Senior Leaving Certificate Examination (including Day School Certificate (Higher) General paper), 1949
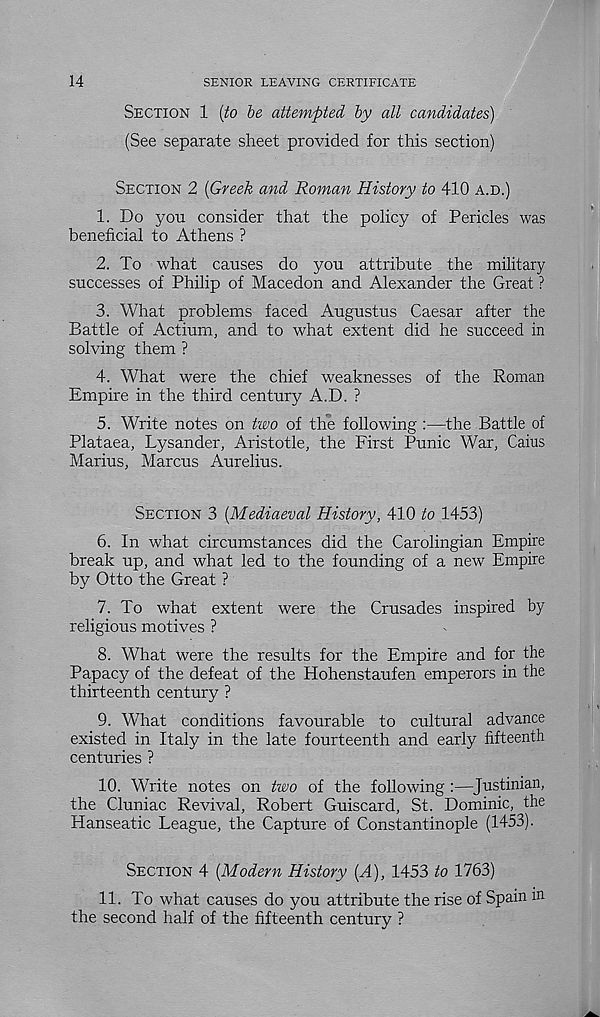
14
SENIOR LEAVING CERTIFICATE
SECTION 1 {to be attempted by all candidates)
(See separate sheet provided for this section)
SECTION 2 {Greek and Roman History to 410 A.D.)
1. Do you consider that the policy of Pericles was
beneficial to Athens ?
2. To what causes do you attribute the military
successes of Philip of Macedon and Alexander the Great ?
3. What problems faced Augustus Caesar after the
Battle of Actium, and to what extent did he succeed in
solving them ?
4. What were the chief weaknesses of the Roman
Empire in the third century A.D. ?
5. Write notes on two of the following :—the Battle of
Plataea, Lysander, Aristotle, the First Punic War, Cains
Marius, Marcus Aurelius.
SECTION 3 {Mediaeval History, 410 to 1453)
6. In what circumstances did the Carolingian Empire
break up, and what led to the founding of a new Empire
by Otto the Great ?
7. To what extent were the Crusades inspired by
religious motives ?
8. What were the results for the Empire and for the
Papacy of the defeat of the Hohenstaufen emperors in the
thirteenth century ?
9. What conditions favourable to cultural advance
existed in Italy in the late fourteenth and early fifteenth
centuries ?
10. Write notes on two of the following :—Justinian,
the Cluniac Revival, Robert Guiscard, St. Dominic, the
Hanseatic League, the Capture of Constantinople (1453).
SECTION 4 {Modern History {A), 1453 to 1763)
11. To what causes do you attribute the rise of Spain m
the second half of the fifteenth century ?